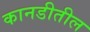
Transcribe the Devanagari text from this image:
कानडीतील